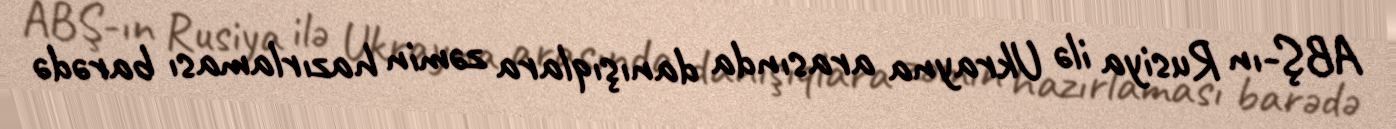
ABŞ-ın Rusiya ilə Ukrayna arasında danışıqlara zəmin hazırlaması barədə